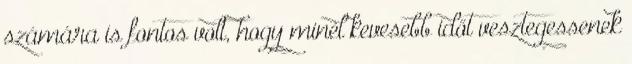
számára is fontos volt, hogy minél kevesebb időt vesztegessenek